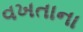
વખતાના